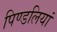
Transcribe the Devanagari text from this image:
पिण्डलियां